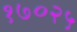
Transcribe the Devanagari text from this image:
१७०२५